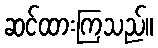
ဆင်ထားကြသည်။